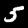
Label: 5